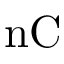
\mathrm { n C }